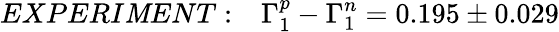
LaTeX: EXPERI\mathit{M}ENT:~~~\Gamma_{1}^{p}-\Gamma_{1}^{n}=0.195\pm0.029